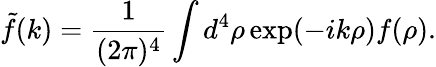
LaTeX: {\tilde{f}}(k)=\frac{1}{(2\pi)^{4}}\int d^{4}\rho\exp(-ik\rho)f(\rho).